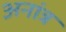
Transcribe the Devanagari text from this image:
अनांत्र